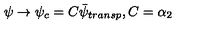
\psi \rightarrow \psi _ { c } = C \bar { \psi } _ { t r a n s p } , C = \alpha _ { 2 }